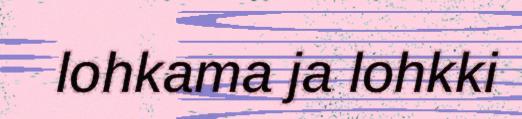
lohkama ja lohkki